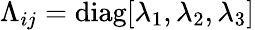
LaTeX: \Lambda_{ij}=\operatorname{diag}[\lambda_{1},\lambda_{2},\lambda_{3}]